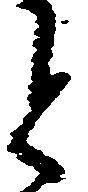
と